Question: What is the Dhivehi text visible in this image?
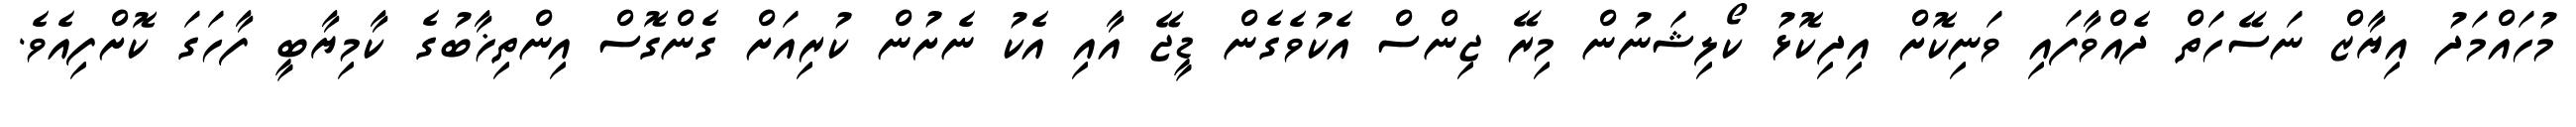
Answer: މުހައްމަދު އިޔާޒް ނަސޭހަތް ދެއްވާފައި ވަނިކޮށް އިދިކޮޅު ކޯލިޝަނުން މިރޭ ޖިންސް އެކުވެގެން ޑީޖޭ އާއި އެކު ނެށުން ކުރިއަށް ގެންގޮސް އިންތިޚާބުގެ ކާމިޔާބީ ފާހަގަ ކޮށްފިއެވެ.